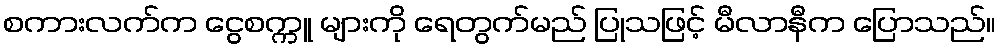
စကားလက်က ငွေစက္ကူ များကို ရေတွက်မည် ပြုသဖြင့် မီလာနီက ပြောသည်။